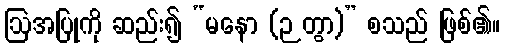
ဩအပြုကို ဆည်း၍ “မနော (ဉတွာ)” စသည် ဖြစ်၏။